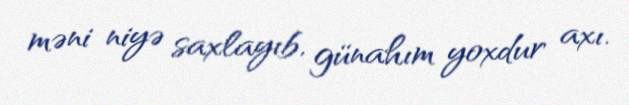
məni niyə saxlayıb, günahım yoxdur axı.